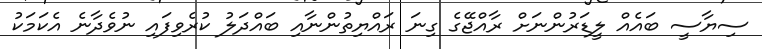
ސިޔާސީ ބައެއް ލީޑަރުންނަށް ރާއްޖޭގެ ގިނަ ރައްޔިތުންނާއި ބައްދަލު ކުރެވިފައި ނުވެދާނެ އެކަމަކު